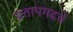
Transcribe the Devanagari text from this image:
प्रतापगढचे